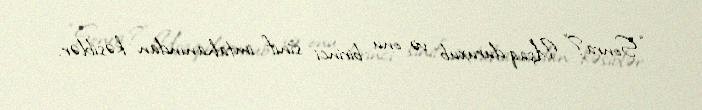
“Sonra?” Uşaq duruxub və onu birinci sinif imtahanından kəsiblər.